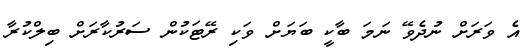
އެ ވަރަށް ނުދެވޭ ނަމަ ބާކީ ބަޔަށް ވަކި ރޭޓަކުން ސަރުކާރަށް ބިލްކުރާ